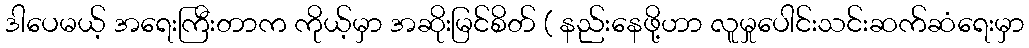
ဒါပေမယ့် အရေးကြီးတာက ကိုယ့်မှာ အဆိုးမြင်စိတ် ( နည်းနေဖို့ဟာ လူမှုပေါင်းသင်းဆက်ဆံရေးမှာ